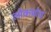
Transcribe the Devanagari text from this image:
लोकप्रोय